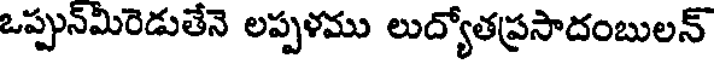
ఒప్పున్మిరెడుతేనె లప్పళము లుద్యోతప్రసాదంబులన్